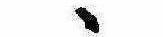
ゝ